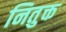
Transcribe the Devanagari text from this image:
नितुक्त